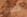
العمل